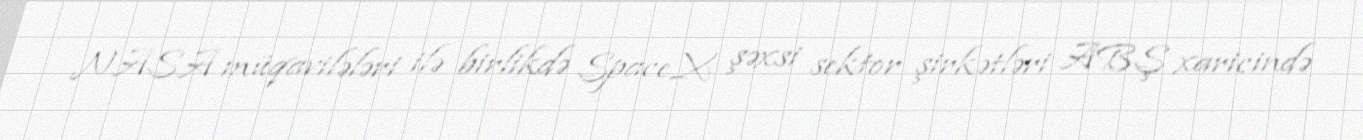
NASA müqavilələri ilə birlikdə SpaceX şəxsi sektor şirkətləri ABŞ xaricində